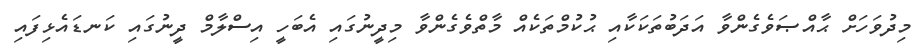
މިދުވަހަށް ޙާއްޞަވެގެންވާ އަދަބުތަކަކާއި ޙުކުމްތަކެއް މާތްވެގެންވާ މިދީނުގައި އެބަހީ އިސްލާމް ދީނުގައި ކަނޑައެޅިފައި